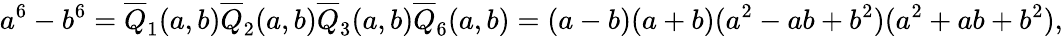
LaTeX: a^{6}-b^{6}={\overline{{Q}}}_{1}(a,b){\overline{{Q}}}_{2}(a,b){\overline{{Q}}}_{3}(a,b){\overline{{Q}}}_{6}(a,b)=(a-b)(a+b)(a^{2}-ab+b^{2})(a^{2}+ab+b^{2}),